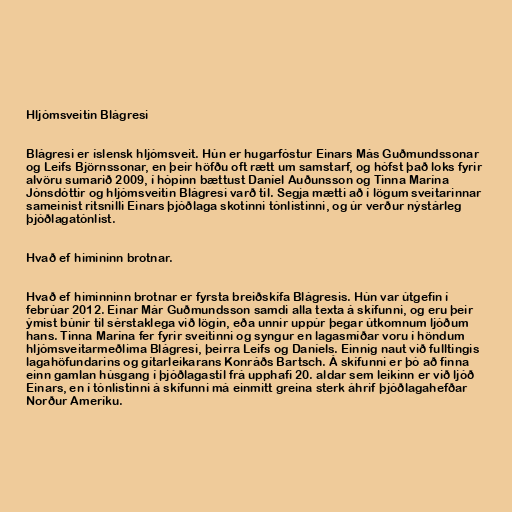
Hljómsveitin Blágresi

Blágresi er íslensk hljómsveit. Hún er hugarfóstur Einars Más Guðmundssonar
og Leifs Björnssonar, en þeir höfðu oft rætt um samstarf, og hófst það loks fyrir
alvöru sumarið 2009, í hópinn bættust Daníel Auðunsson og Tinna Marína
Jónsdóttir og hljómsveitin Blágresi varð til. Segja mætti að í lögum sveitarinnar
sameinist ritsnilli Einars þjóðlaga skotinni tónlistinni, og úr verður nýstárleg
þjóðlagatónlist.

Hvað ef himininn brotnar.

Hvað ef himinninn brotnar er fyrsta breiðskífa Blágresis. Hún var útgefin í
febrúar 2012. Einar Már Guðmundsson samdi alla texta á skífunni, og eru þeir
ýmist búnir til sérstaklega við lögin, eða unnir uppúr þegar útkomnum ljóðum
hans. Tinna Marína fer fyrir sveitinni og syngur en lagasmíðar voru í höndum
hljómsveitarmeðlima Blágresi, þeirra Leifs og Daníels. Einnig naut við fulltingis
lagahöfundarins og gítarleikarans Konráðs Bartsch. Á skífunni er þó að finna
einn gamlan húsgang í þjóðlagastíl frá upphafi 20. aldar sem leikinn er við ljóð
Einars, en í tónlistinni á skífunni má einmitt greina sterk áhrif þjóðlagahefðar
Norður Ameríku.